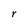
Character: r